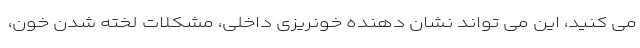
می کنید، این می تواند نشان دهنده خونریزی داخلی، مشکلات لخته شدن خون،